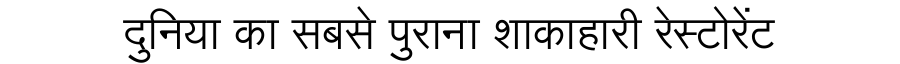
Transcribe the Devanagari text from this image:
दुनिया का सबसे पुराना शाकाहारी रेस्टोरेंट